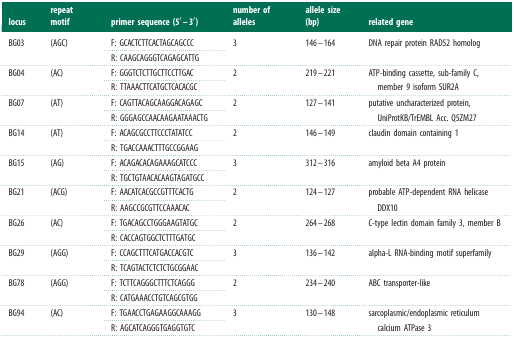
<table><thead><tr><td><b>locus</b></td><td><b>repeat motif</b></td><td><b>primer sequence (5′–3′)</b></td><td><b>number of alleles</b></td><td><b>allele size (bp)</b></td><td><b>related gene</b></td></tr></thead><tbody><tr><td rowspan="2">BG03</td><td rowspan="2">(AGC)</td><td>F: GCACTCTTCACTAGCAGCCC</td><td rowspan="2">3</td><td rowspan="2">146–164</td><td rowspan="2">DNA repair protein RAD52 homolog</td></tr><tr><td>R: CAAGCAGGGTCAGAGCATTG</td></tr><tr><td rowspan="2">BG04</td><td rowspan="2">(AC)</td><td>F: GGGTCTCTTGCTTCCTTGAC</td><td rowspan="2">2</td><td rowspan="2">219–221</td><td rowspan="2">ATP-binding cassette, sub-family C, member 9 isoform SUR2A</td></tr><tr><td>R: TTAAACTTCATGCTCACACGC</td></tr><tr><td rowspan="2">BG07</td><td rowspan="2">(AT)</td><td>F: CAGTTACAGCAAGGACAGAGC</td><td rowspan="2">2</td><td rowspan="2">127–141</td><td rowspan="2">putative uncharacterized protein, UniProtKB/TrEMBL Acc. Q5ZM27</td></tr><tr><td>R: GGGAGCCAACAAGAATAAACTG</td></tr><tr><td rowspan="2">BG14</td><td rowspan="2">(AT)</td><td>F: ACAGCGCCTTCCCTATATCC</td><td rowspan="2">2</td><td rowspan="2">146–149</td><td rowspan="2">claudin domain containing 1</td></tr><tr><td>R: TGACCAAACTTTGCCGGAAG</td></tr><tr><td rowspan="2">BG15</td><td rowspan="2">(AG)</td><td>F: ACAGACACAGAAAGCATCCC</td><td rowspan="2">3</td><td rowspan="2">312–316</td><td rowspan="2">amyloid beta A4 protein</td></tr><tr><td>R: TGCTGTAACACAAGTAGATGCC</td></tr><tr><td rowspan="2">BG21</td><td rowspan="2">(ACG)</td><td>F: AACATCACGCCGTTTCACTG</td><td rowspan="2">2</td><td rowspan="2">124–127</td><td rowspan="2">probable ATP-dependent RNA helicase DDX10</td></tr><tr><td>R: AAGCCGCGTTCCAAACAC</td></tr><tr><td rowspan="2">BG26</td><td rowspan="2">(AC)</td><td>F: TGACAGCCTGGGAAGTATGC</td><td rowspan="2">2</td><td rowspan="2">264–268</td><td rowspan="2">C-type lectin domain family 3, member B</td></tr><tr><td>R: CACCAGTGGCTCTTTGATGC</td></tr><tr><td rowspan="2">BG29</td><td rowspan="2">(AGG)</td><td>F: CCAGCTTTCATGACCACGTC</td><td rowspan="2">3</td><td rowspan="2">136–142</td><td rowspan="2">alpha-L RNA-binding motif superfamily</td></tr><tr><td>R: TCAGTACTCTCTCTGCGGAAC</td></tr><tr><td rowspan="2">BG78</td><td rowspan="2">(AGG)</td><td>F: TCTTCAGGGCTTTCTCAGGG</td><td rowspan="2">2</td><td rowspan="2">234–240</td><td rowspan="2">ABC transporter-like</td></tr><tr><td>R: CATGAAACCTGTCAGCGTGG</td></tr><tr><td rowspan="2">BG94</td><td rowspan="2">(AC)</td><td>F: TGAACCTGAGAAGGCAAAGG</td><td rowspan="2">3</td><td rowspan="2">130–148</td><td rowspan="2">sarcoplasmic/endoplasmic reticulum calcium ATPase 3</td></tr><tr><td>R: AGCATCAGGGTGAGGTGTC</td></tr></tbody></table>